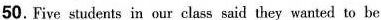
50.Five students in our class said they wanted to be